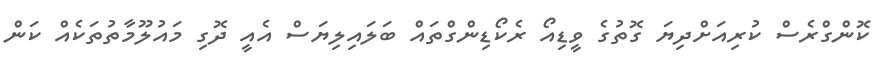
ކޮންގްރެސް ކުރިއަށްދިޔަ ގޮތުގެ ވީޑިއޯ ރެކޯޑިންގްތައް ބަލައިލިޔަސް އެއީ ދޮގި މައުލޫމާތުތަކެއް ކަން